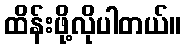
ထိန်းဖို့လိုပါတယ်။